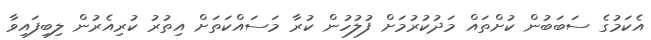
އެކަމުގެ ސަބަބުން ކުށްތައް މަދުކުރުމަށް ފުލުހުން ކުރާ މަސައްކަތަށް އިތުރު ކުރިއެރުން ލިބިފައިވާ